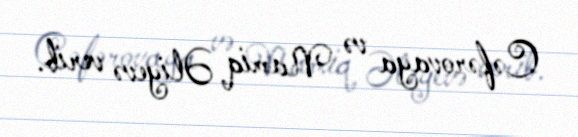
Cəfərovaya və Namiq Əliyevə verib.